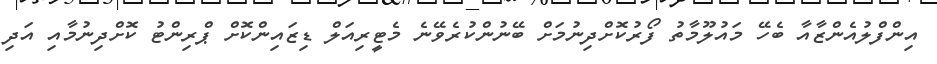
އިންފްލުއެންޒާއާ ބެހޭ މައުލޫމާތު ފޯރުކޮށްދިނުމަށް ބޭނުންކުރެވޭނެ މެޓީރިއަލް ޑިޒައިންކޮށް ޕްރިންޓު ކޮށްދިނުމާއި އަދި